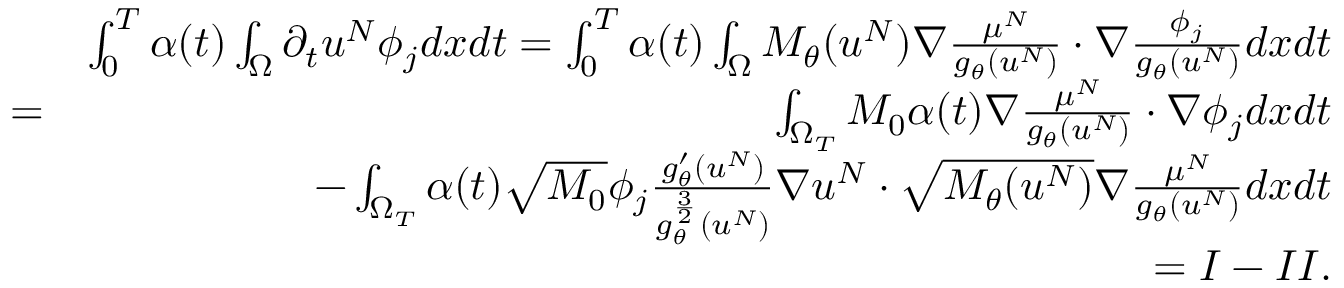
\begin{array} { r l r } & { } & { \int _ { 0 } ^ { T } \alpha ( t ) \int _ { \Omega } \partial _ { t } u ^ { N } \phi _ { j } d x d t = \int _ { 0 } ^ { T } \alpha ( t ) \int _ { \Omega } M _ { \theta } ( u ^ { N } ) \nabla \frac { \mu ^ { N } } { g _ { \theta } ( u ^ { N } ) } \cdot \nabla \frac { \phi _ { j } } { g _ { \theta } ( u ^ { N } ) } d x d t } \\ & { = } & { \int _ { \Omega _ { T } } M _ { 0 } \alpha ( t ) \nabla \frac { \mu ^ { N } } { g _ { \theta } ( u ^ { N } ) } \cdot \nabla \phi _ { j } d x d t } \\ & { } & { - \int _ { \Omega _ { T } } \alpha ( t ) \sqrt { M _ { 0 } } \phi _ { j } \frac { g _ { \theta } ^ { \prime } ( u ^ { N } ) } { g _ { \theta } ^ { \frac { 3 } { 2 } } ( u ^ { N } ) } \nabla u ^ { N } \cdot \sqrt { M _ { \theta } ( u ^ { N } ) } \nabla \frac { \mu ^ { N } } { g _ { \theta } ( u ^ { N } ) } d x d t } \\ & { } & { = I - I I . } \end{array}